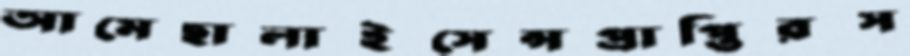
আমেছালাইসেন্সপ্রাপ্তিরস